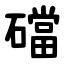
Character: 礑